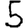
Digit: 5